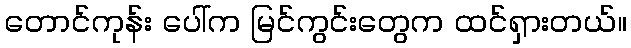
တောင်ကုန်း ပေါ်က မြင်ကွင်းတွေက ထင်ရှားတယ်။